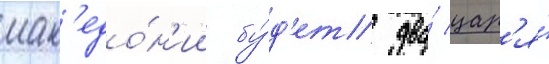
мак'едо́н'ии бу́д'ет два́ цар'я́